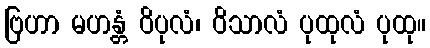
ဗြဟာ မဟန္တံ ဝိပုလံ၊ ဝိသာလံ ပုထုလံ ပုထု။